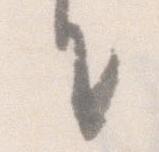
て